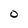
Character: O